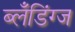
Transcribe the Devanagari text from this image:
ब्लँडिंग्ज